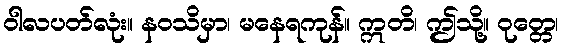
ဝါလပတ်လုံး။ နဝသိမှာ၊ မနေရကုန်။ ဣတိ၊ ဤသို့။ ဝုတ္တေ၊